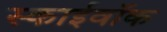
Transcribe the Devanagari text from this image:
स्काईवॉक